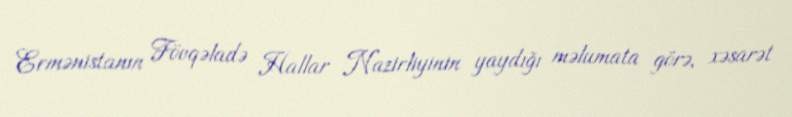
Ermənistanın Fövqəladə Hallar Nazirliyinin yaydığı məlumata görə, xəsarət